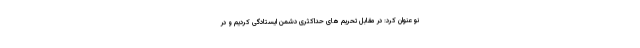
نو عنوان کرد: در مقابل تحریم های حداکثری دشمن ایستادگی کردیم و در